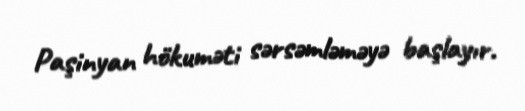
Paşinyan hökuməti sərsəmləməyə başlayır.